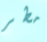
مطر